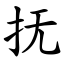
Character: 抚